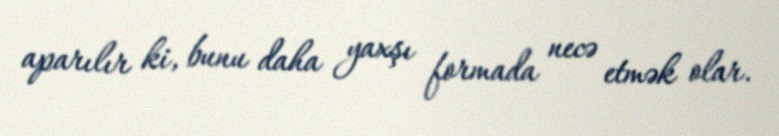
aparılır ki, bunu daha yaxşı formada necə etmək olar.